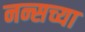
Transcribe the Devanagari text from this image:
नन्सच्या